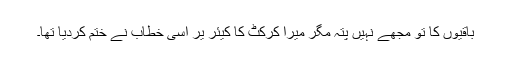
باقیوں کا تو مجھے نہیں پتہ مگر میرا کرکٹ کا کیئر یر اسی خطاب نے ختم کردیا تھا۔